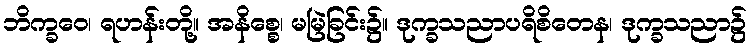
ဘိက္ခဝေ၊ ရဟန်းတို့။ အနိစ္စေ၊ မမြဲခြင်း၌။ ဒုက္ခသညာပရိစိတေန၊ ဒုက္ခသညာ၌